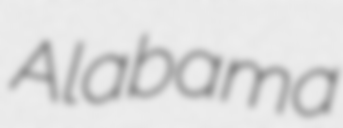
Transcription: Alabama